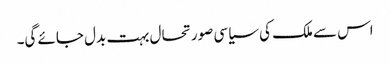
اس سے ملک کی سیاسی صورتحال بہت بدل جائے گی۔